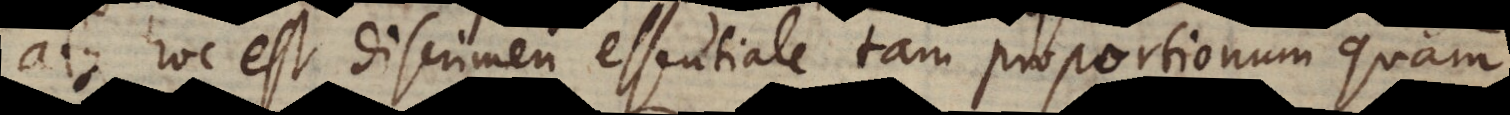
atque hoc est discrimen essentiale tam proportionum quam